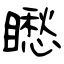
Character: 矁